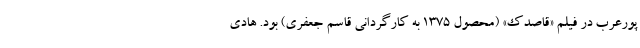
پورعرب در فیلم «قاصدک» (محصول ۱۳۷۵ به کارگردانی قاسم جعفری) بود. هادی